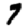
Digit: 7